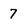
Character: 7